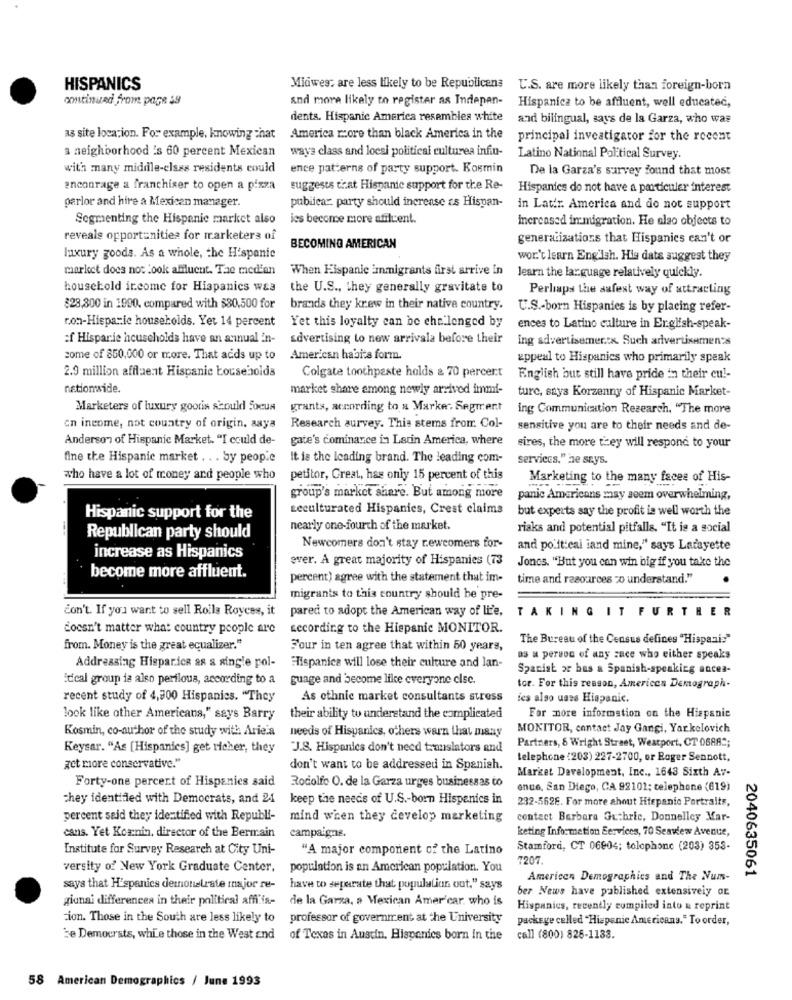
HISPANICS
Midwes, are less likely to be Republicans
U.S. are more likely than foreign-born
continuad from page $9
and more likely to register as Indepan-
Hispanica to be affluent, well educateć,
dents. Hispanic America resembles white
and bilingual, says de la Garza, who was
as site location. For example, knowing that America r .: ore than black America in the
principal investigator for the recent
a neighborhood 's 60 percent Mexican
ways class and locsi political culturea infu-
Latino National Political Survey.
with many middle-elses residents could
ence patterns of party support. Kormin
De la Garza's survey found that most
encourage a franchiser to open a pizza
suggests that Hispanic support for the Re-
Hispanics do not have a particular interest
parlor and hire a Mexican manager.
publicar: party should increase as Hispan-
in Later. America and do not support
Segmenting the Hispanic market also
les become more affluent.
increased immigration. He also objects to
reveals opportunities for marketers of
generalizations that Hispanics can't or
BECOMING AMERICAN
luxury goods. As a whole, the Hispanic
wor.'t learn Eng'ish. Hig data suggest they
market does not look affluent. Tae median
When Hispanic immigrants first arrive In
learn the language relatively quickly.
household income for Hispanics waa
the U.S ., they generally gravitate to
Perhaps the safest way of attracting
$28,300 in 1990. compared with $30,500 for
brands they krew in their native country.
U.S .- born Hispanics is by placing refer-
ron-Hispanic households. Yet 14 percent
Yet this loyalty can be che lenged by
ences to Latino culture in Erglish-speak-
:f Hisparie households have an annual in-
advertising to new arrivala before their
ing advertisementx Such advertisements
some of 850,000 or more. That adds up to
American habits form.
appeal to Hispanics who primarily speak
2.9 million affluent Hispanic households
Colgate toothpaste holds & 70 percent
English but still have pride ' their cul-
nationwide.
market share among newly arrived immi-
ture, says Korzenny of Hispanic Market-
Marketers of luxury gooris should focus
grants, according to a Marke. Segment
ing Communication Research, "The more
en income, not country of origin, saya
Research survey. This stems from Col-
sensitive you are to their needs and de-
Anderson of Hispanic Market. "I could de-
gate's dominance in Latin America, where
sires, the more they will respond to your
fine the Hispanic market .. . by people
it is the leading brand. The leading com-
services." he says.
who have a lot of money and people who
petitor, Great, has only 15 percent of this
Marketing to the many faces of His-
group's market share. But among more
panic Americans may seem overwhelming,
scculturated Hispanics, Crest claims
but experts say the profit ie well worth the
Hispanic support for the
nearly one-fourth of the market.
risks and potential pitfalls. "It is a social
Republican party should
Newcomers don't stay newcomers for-
and political iand mine," says Lafayette
increase as Hispanics
ever. A great majority of Hispanics (73
Joncs. "But you can win big if you take the
become more affluent.
percent) agree with the statement that im-
time and resources zo understand."
migrants to this country should be pre-
don't. If you want to sell Rolls Royces, it
pared to adopt the American way of life,
TAKING IT FURTHER
doesn't matter what country people are
according to the Hispanic MONITOR.
The Bureau of the Census defines "Hispani:"
from. Money is the great equalizer."
Four in ten agree that within 50 years,
Addressing Hisparice as a single pol-
as a person of any zace who either speaks
Hispanics will lose their culture and lan-
Spanisk or has a Spanish-speaking ancea-
Edical group is also perilous, according to a
guage and become like everyone clsc.
tor. For this reason, Americen Demograph-
recent study of 4,900 Hispanics. "They
As ethnic market consultants stress
fes also uses Hispanic.
look like other Americans," says Barry
their ability to understand the complicated
For more information on the Hispanic
Kosmin, co-author of the study with Arie'a
needs of Hispanics, others warn that many
MONITOR, contact Jay Gangi, Yarkelovich
Partners, 8 Wright Street, Westport, CT 06882;
Keysar. "As [Hispanics] get richer, they
"J.S. Hispanics don't need translators and
telephone (203) 227-2700, or Roger Sennott,
get more conservative."
don't want to be addressed in Spanish.
Market Development, Inc ., 1643 Sixth Av-
Forty-one percent of Hispanics said
Rodolfo O. de la Garza urges businessas co
enue, San Diego, CA 92101; telephone (619)
chey identified with Democrats, and 24 keep the needs of U.S .- born Hispanics in
232-5628. For more about Htepanic Portraits,
percent said they identified with Republi-
mind when they develop marketing
contact Barbara Guthrie, Donnelley Mar-
cans. Yet Kornin, director of the Bermain
keting Information Services, 70 Seaview Avenue,
campaigns.
Institute for Survey Research at City Uni-
"A major component of the Latino
Stamford, CT 06804; telephone (203) 353-
7207
versity of New York Graduate Center,
population is an American population. You
2040635061
American Demographics and The Num-
says that H'spanics demonstrate major re-
have to separate that population out." says
ber News have published extensively Or
gianai differences in their political affi'in-
de la Garza, a Mexican Amer'car who is
Hispanics, recently compiled into & reprint
ion. Those in the South are less likely to professor of government at the University
package called "Hispanic Americans." To order,
ze Demoursts, while those in the West end of Texas in Austin. Hispanics born in the call (800) 826-1133.
58 American Demographics / June 1993